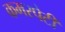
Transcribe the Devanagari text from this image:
कमरपेटी